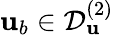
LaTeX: {\mathbf{u}}_{b}\in\mathcal{D}_{\mathbf{u}}^{(2)}